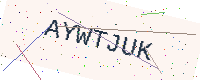
Text: AYWTJUK